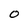
Character: O